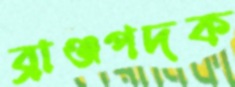
ব্রাঞ্জপদক